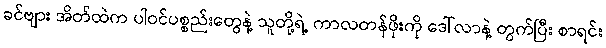
ခင်ဗျား အိတ်ထဲက ပါဝင်ပစ္စည်းတွေနဲ့ သူတို့ရဲ့ ကာလတန်ဖိုးကို ဒေါ်လာနဲ့ တွက်ပြီး စာရင်း